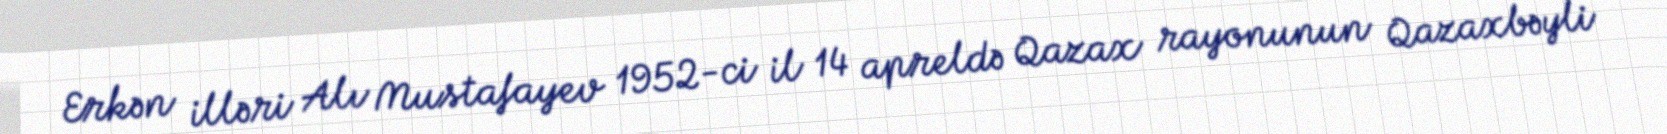
Erkən illəri Alı Mustafayev 1952-ci il 14 apreldə Qazax rayonunun Qazaxbəyli